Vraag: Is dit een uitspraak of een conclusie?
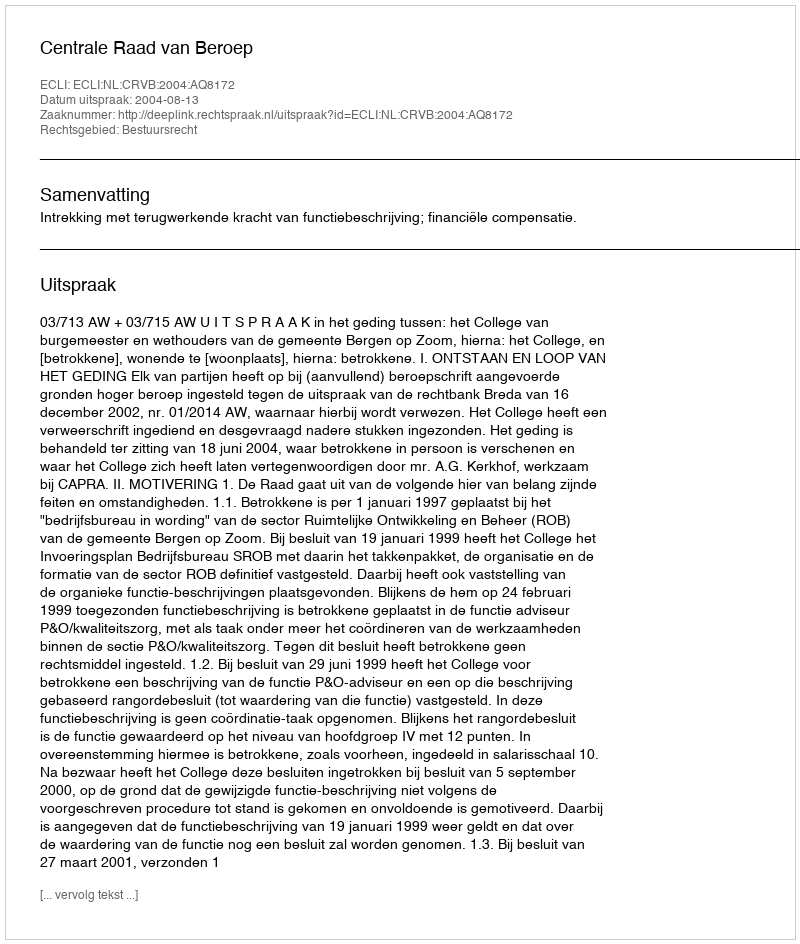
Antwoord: Uitspraak